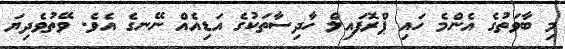
މި ބާވަތުގެ އެންމެ ހައި ޕްރޮފައިލް ހާދިސާތަކުގެ އަޑިއެއް ނޭނގެ އެވެ. ވޭތުވެދިޔަ